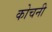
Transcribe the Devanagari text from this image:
कोचनी